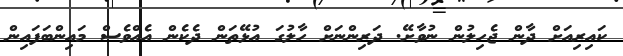
ކައިރިއަށް ދާން ޖެހިލުން ނުވާށޭ. ދަރިންނަށް ހާލުގަ އުޅޭތަން ދެކެން އެއްވެސް މައިންބަފައިން